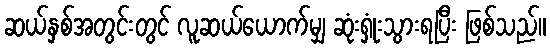
ဆယ်နှစ်အတွင်းတွင် လူဆယ်ယောက်မျှ ဆုံးရှုံးသွားရပြီး ဖြစ်သည်။